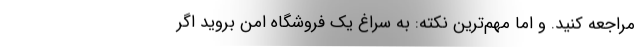
مراجعه کنید. و اما مهم‌ترین نکته: به سراغ یک فروشگاه امن بروید اگر